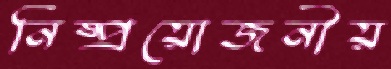
নিষ্প্রয়োজনীয়